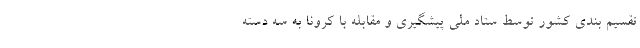
تقسیم بندی کشور توسط ستاد ملی پیشگیری و مقابله با کرونا به سه دسته